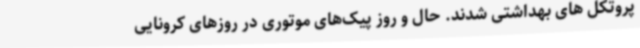
پروتکل های بهداشتی شدند. حال و روز پیک‌های موتوری در روزهای کرونایی